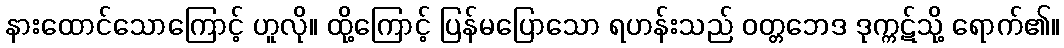
နားထောင်သောကြောင့် ဟူလို။ ထို့ကြောင့် ပြန်မပြောသော ရဟန်းသည် ဝတ္တဘေဒ ဒုက္ကဋ်သို့ ရောက်၏။